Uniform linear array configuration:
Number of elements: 12
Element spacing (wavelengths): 0.5
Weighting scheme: hann
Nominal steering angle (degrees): -30
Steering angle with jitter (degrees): -28.711
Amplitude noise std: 0.05
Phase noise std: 0.05

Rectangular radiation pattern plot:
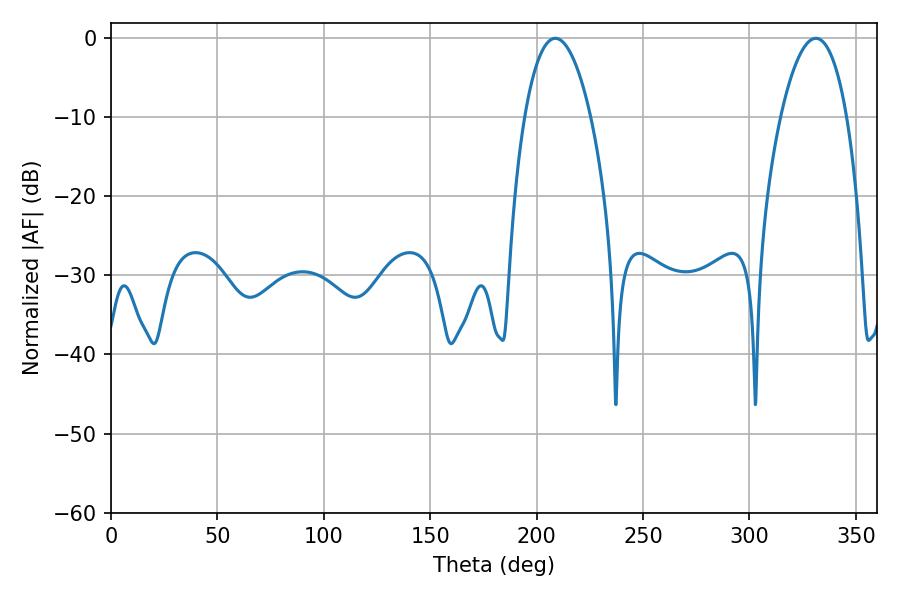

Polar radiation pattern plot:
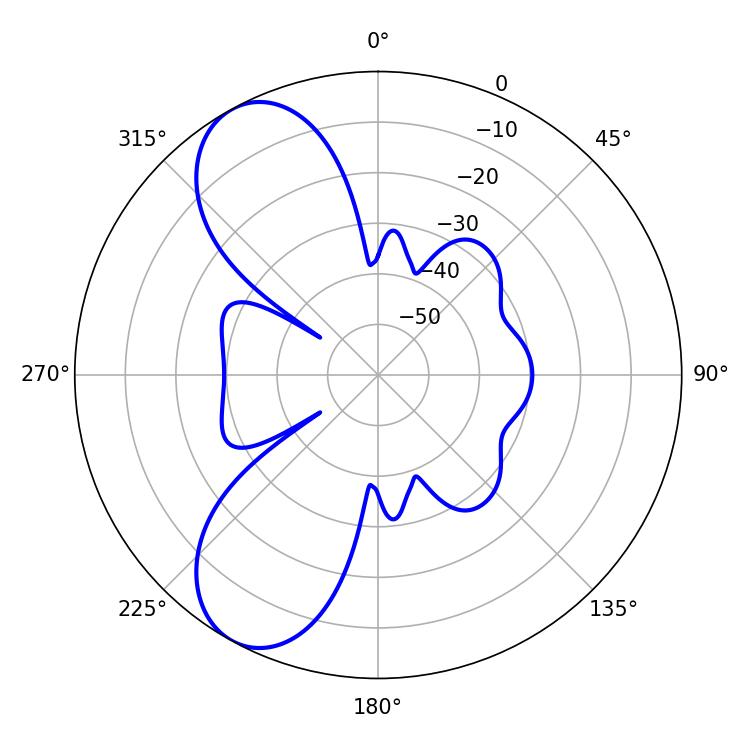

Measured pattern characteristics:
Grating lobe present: FALSE
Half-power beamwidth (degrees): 17.28
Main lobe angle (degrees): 208.8